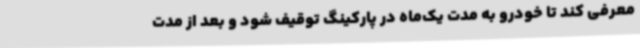
معرفی کند تا خودرو به مدت یک‌ماه در پارکینگ توقیف شود و بعد از مدت